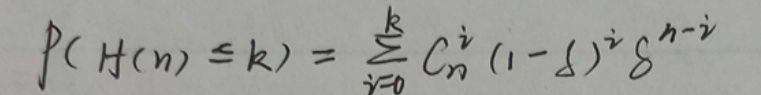
\[
P(H(n)\leq k)=\sum_{i = 0}^{k}C_{n}^{i}(1 - \delta)^{i}\delta^{n - i}
\]